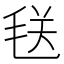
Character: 𪵜